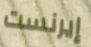
إيرنست